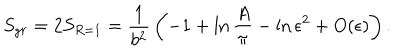
LaTeX: S _ { g r } = 2 S _ { R = 1 } = { \frac { 1 } { b ^ { 2 } } } \left( - 1 + \ln { { \frac { A } { \pi } } } - \ln \epsilon ^ { 2 } + O ( \epsilon ) \right) .